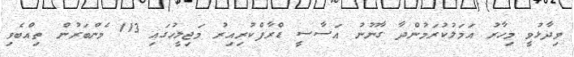
ވިދާޅުވީ މިހާރު އަމަލުކުރަމުންދާ ގާނޫނު އަސާސީ ޑްރާފްކުރިއިރު މަޖިލީހުގައި 113 މެންބަރުން ތިއްބެވި